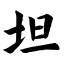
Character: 坦